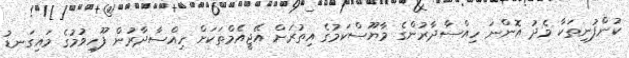
ކުންފުނިތަކާ މެދު އޮންނަ ހިއްސާދާރުންގެ މާޔޫސްކަމުގެ އިތުރަށް އޭޖީއެމްތަކަށް ހިއްސާދާރުން ފޫހިވުމުގެ މައިގަނޑު